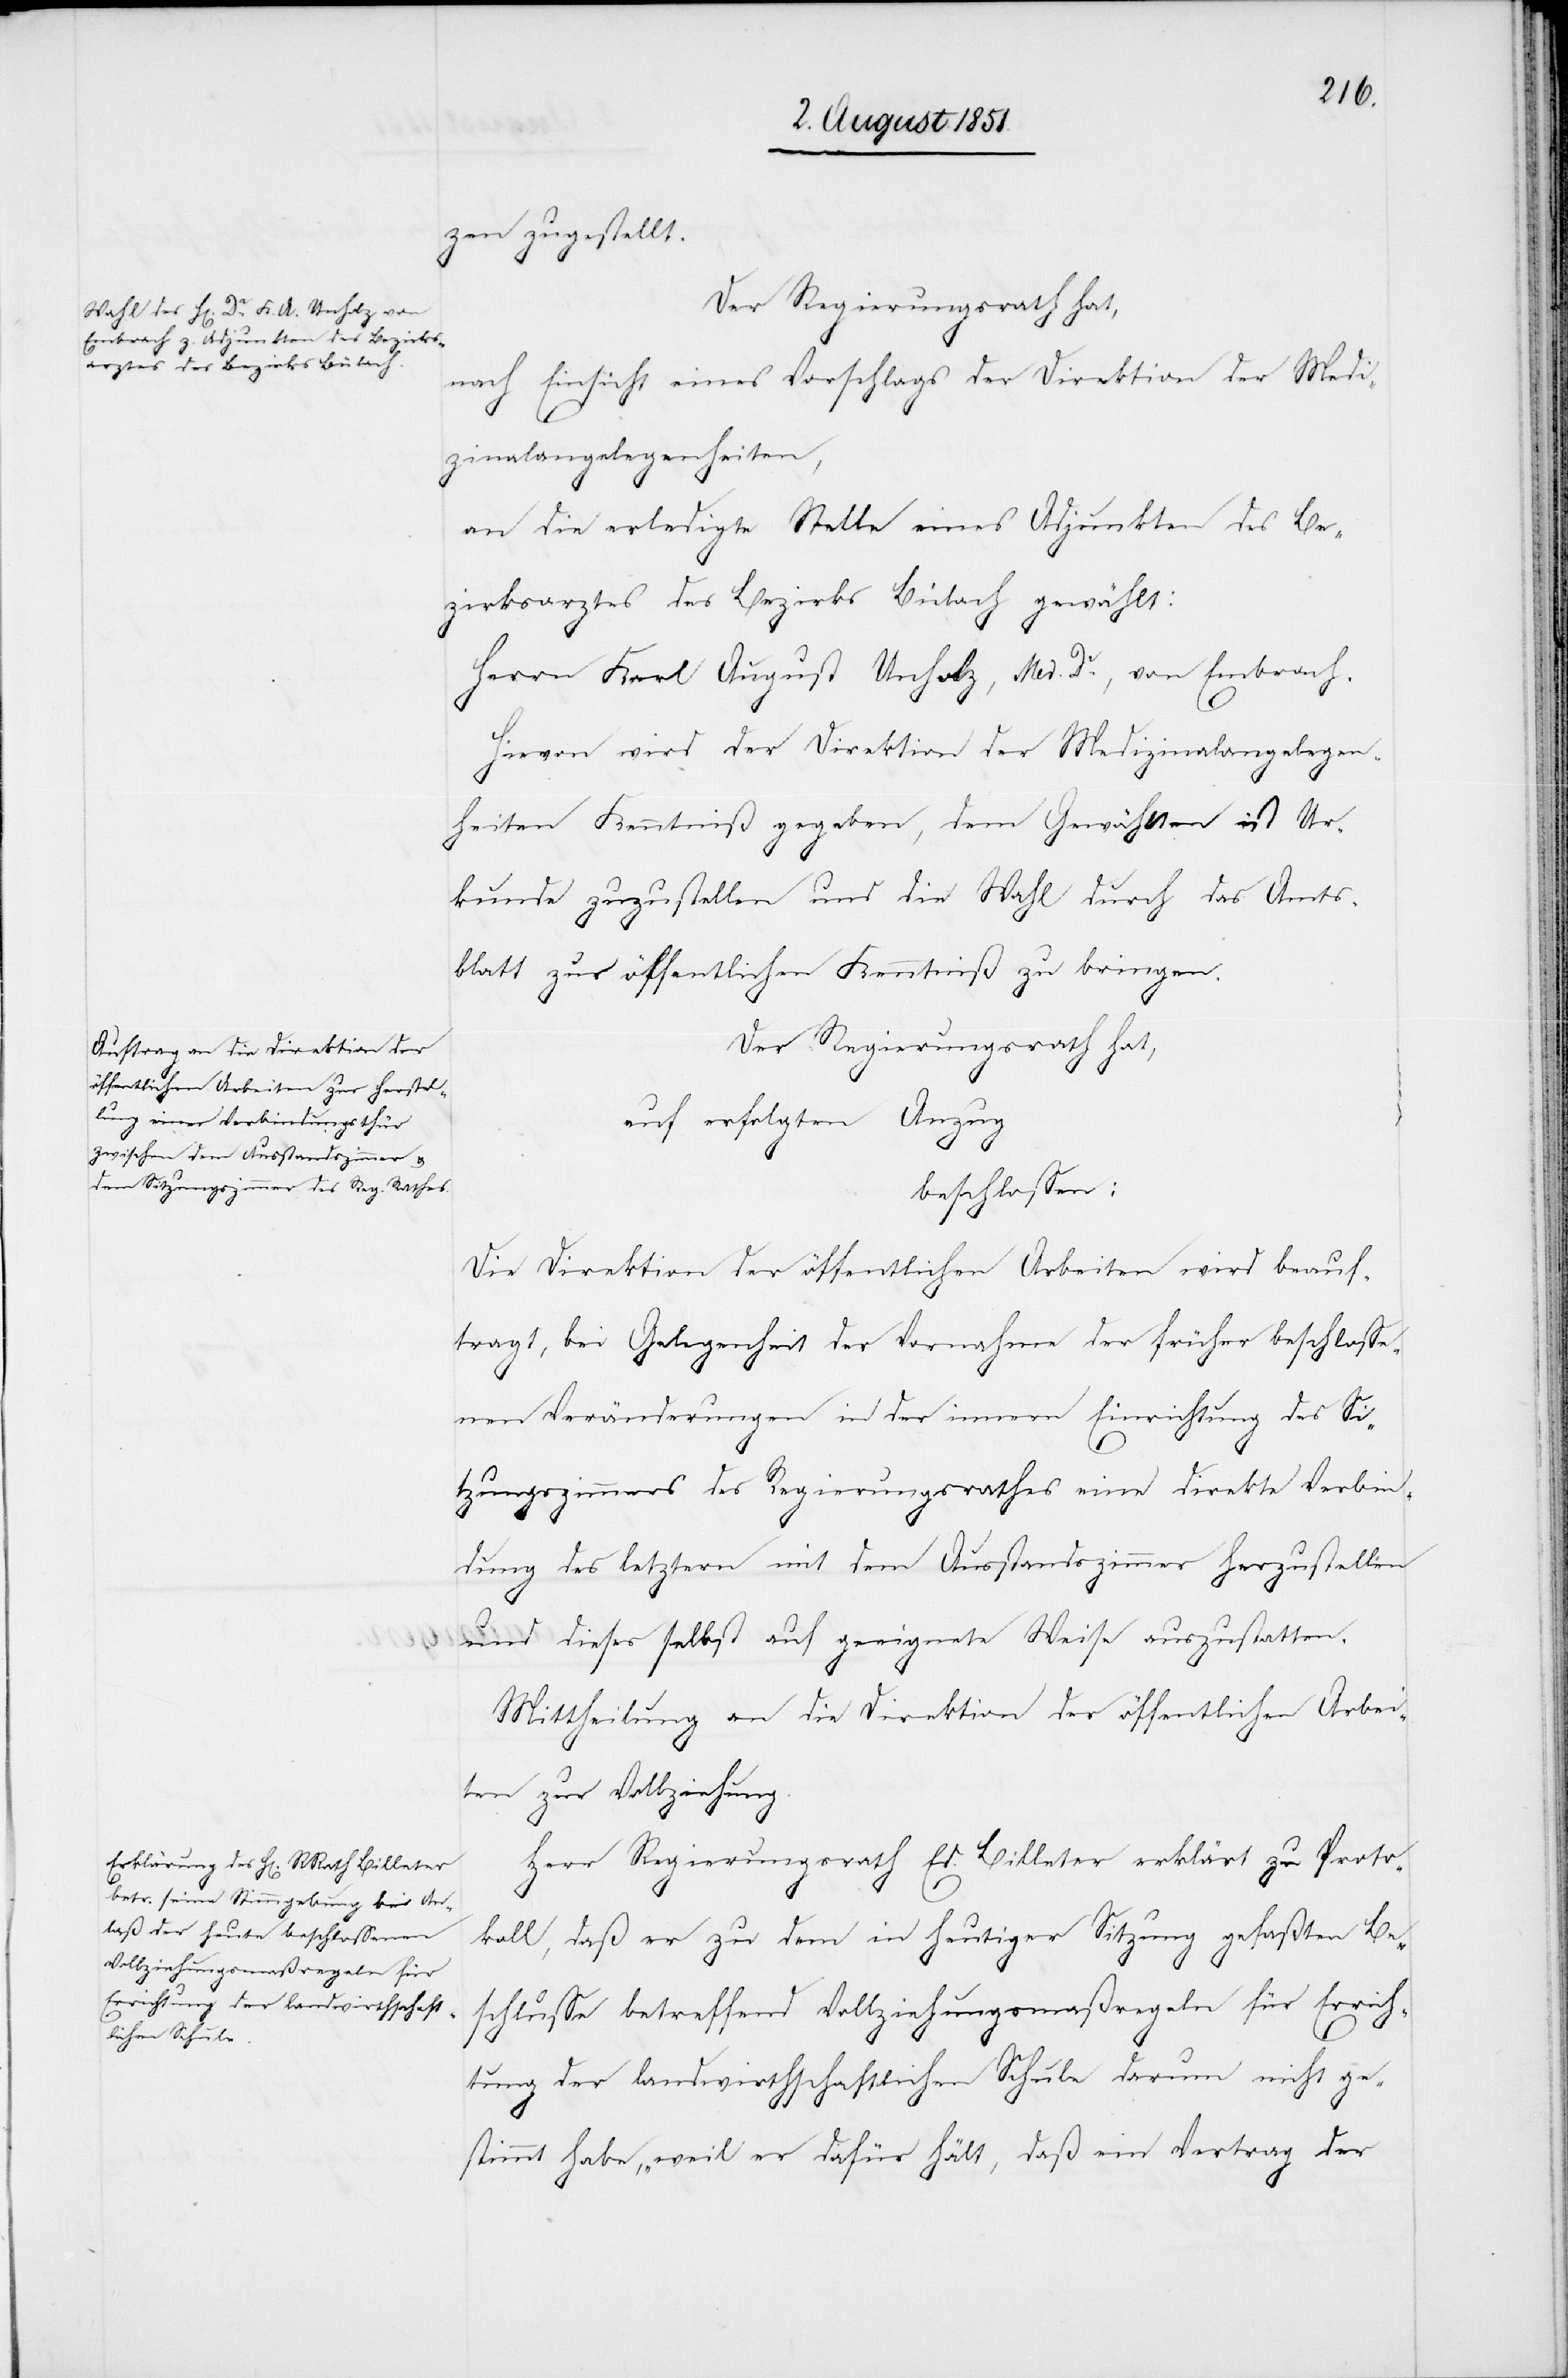
zen zugestellt.
Der Regierungsrath hat,
nach Einsicht eines Vorschlags der Direktion der Medi¬
zinalangelegenheiten,
an die erledigte Stelle eines Adjunkten des Be¬
zirksarztes des Bezirks Bülach gewählt:
Herrn Karl August Unholz, Med. Dr., von Embrach.
Hievon wird der Direktion der Medizinalangelegen¬
heiten Kenntniß gegeben, dem Gewählten ist Ur¬
kunde zuzustellen und die Wahl durch das Amts¬
blatt zur öffentlichen Kenntniß zu bringen.
Der Regierungsrath hat,
auf erfolgten Anzug
beschlossen:
Die Direktion der öffentlichen Arbeiten wird beauf¬
tragt, bei Gelegenheit der Vornahme der früher beschlosse¬
nen Veränderungen in der innern Einrichtung des Si¬
tzungszimmers des Regierungsrathes eine direkte Verbin¬
dung des letztern mit dem Ausstandszimmer herzustellen
und dieses selbst auf geeignete Weise auszustatten.
Mittheilung an die Direktion der öffentlichen Arbei¬
ten zur Vollziehung.
Herr Regierungsrath Ed. Billeter erklärt zu Proto¬
koll, daß er zu dem in heutiger Sitzung gefaßten Be¬
schlusse betreffend Vollziehungsmaßregeln für Errich¬
tung der landwirthschaftlichen Schule darum nicht ge¬
stimmt habe, „weil er dafür hält, daß ein Vertrag der